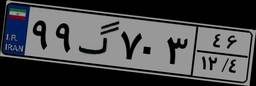
۹۹گ۷۰۳۴۶